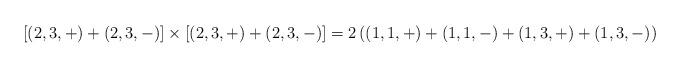
LaTeX: \begin{align*}\lbrack (2,3,+)+(2,3,-)]\times [(2,3,+)+(2,3,-)]=2\left( (1,1,+)+(1,1,-)+(1,3,+)+{(1,3,-)}\right)\end{align*}